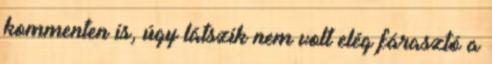
kommenten is, úgy látszik nem volt elég fárasztó a